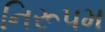
નિરૂપમ